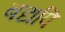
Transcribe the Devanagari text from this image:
बद्यपि